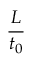
\frac { L } { t _ { 0 } }